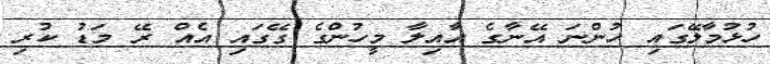
ހުޅުމާލޭގައި ހުންނަ އޭނާގެ އާއިލާ މީހުންގެ ގޭގައި އެއް ރޭ މަޑު ކުރި